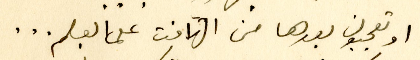
اوتعجبون بعدها من التهافت على العلم ...